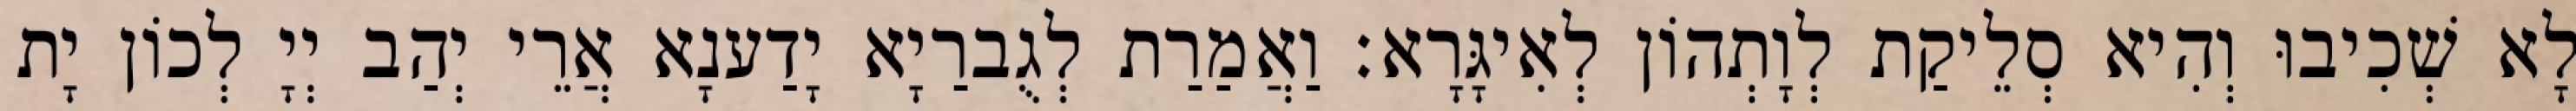
לָא שְׁכִיבוּ וְהִיא סְלֵיקַת לְוָתְהוֹן לְאִיגָּרָא׃ וַאֲמַרַת לְגֻברַיָא יָדַענָא אֲרֵי יְהַב יְיָ לְכוֹן יָת